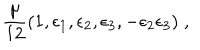
{ \frac { \mu } { 1 2 } } ( 1 , \epsilon _ { 1 } , \epsilon _ { 2 } , \epsilon _ { 3 } , - \epsilon _ { 2 } \epsilon _ { 3 } ) \; ,